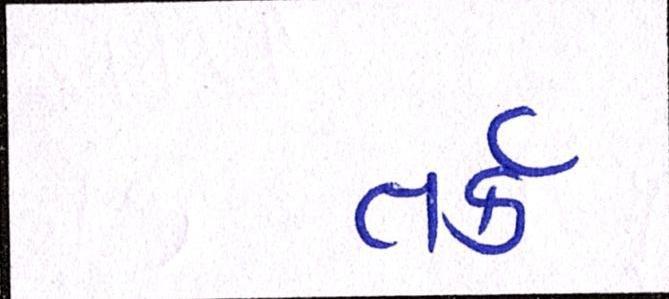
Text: તર્ક